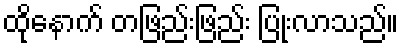
ထိုနောက် တဖြည်းဖြည်း ပြုံးလာသည်။